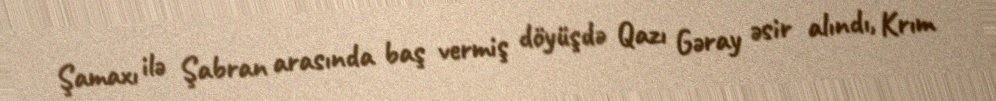
Şamaxı ilə Şabran arasında baş vermiş döyüşdə Qazı Gəray əsir alındı, Krım